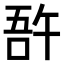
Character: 𠵦